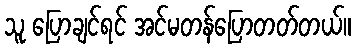
သူ ပြောချင်ရင် အင်မတန်ပြောတတ်တယ်။